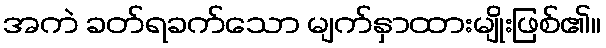
အကဲ ခတ်ရခက်သော မျက်နှာထားမျိုးဖြစ်၏။